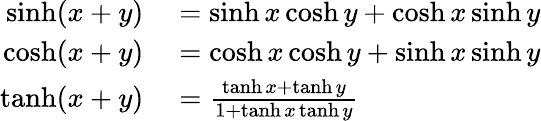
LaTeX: \begin{array}{rl}{\sinh(x+y)}&{{}=\sinh x\cosh y+\cosh x\sinh y}\\ {\cosh(x+y)}&{{}=\cosh x\cosh y+\sinh x\sinh y}\\ {\operatorname{tanh}(x+y)}&{{}={\frac{\operatorname{tanh}x+\operatorname{tanh}y}{1+\operatorname{tanh}x\operatorname{tanh}y}}}\end{array}